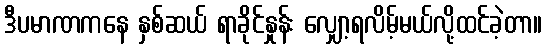
ဒီပမာဏကနေ နှစ်ဆယ် ရာခိုင်နှုန်း လျှော့ရလိမ့်မယ်လို့ထင်ခဲ့တာ။